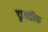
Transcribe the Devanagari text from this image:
ड्रायडॉक